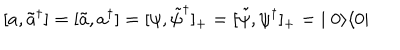
[ a , \tilde { a } ^ { \dagger } ] = [ \tilde { a } , a ^ { \dagger } ] = [ \psi , \tilde { \psi } ^ { \dagger } ] _ { + } = [ \tilde { \psi } , \psi ^ { \dagger } ] _ { + } = \; \mid 0 \rangle \langle 0 \mid